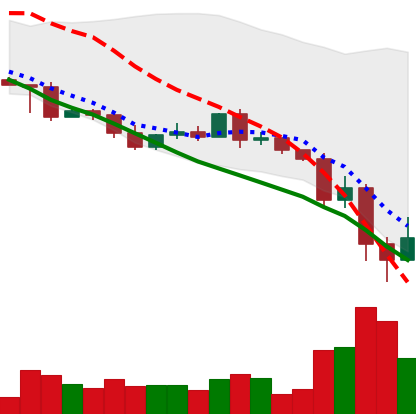
Ticker: XRP-USD
Chart end date: 2022-05-13
Forward return: -4.074%
Label: down_3_5